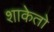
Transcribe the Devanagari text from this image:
शाकेतो